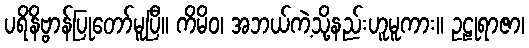
ပရိနိဗ္ဗာန်ပြုတော်မူပြီ။ ကိမိဝ၊ အဘယ်ကဲ့သို့နည်းဟူမူကား။ ဥဠုရာဇာ၊